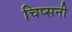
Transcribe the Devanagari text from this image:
चिप्सनी